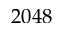
2 0 4 8